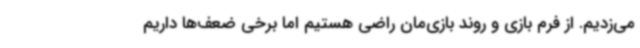
می‌زدیم. از فرم بازی و روند بازی‌مان راضی هستیم اما برخی‌ ضعف‌ها داریم